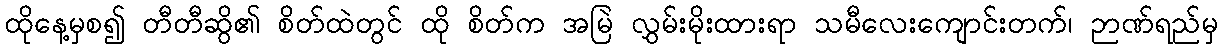
ထိုနေ့မှစ၍ တီတီဆွိ၏ စိတ်ထဲတွင် ထို စိတ်က အမြဲ လွှမ်းမိုးထားရာ သမီလေးကျောင်းတက်၊ ဉာဏ်ရည်မှ